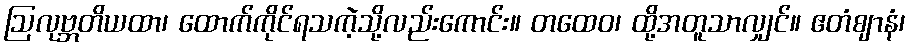
ဩလုဗ္ဘတိယထာ၊ ထောက်ကိုင်ရသကဲ့သို့လည်းကောင်း။ တထေဝ၊ ထို့အတူသာလျှင်။ ဧတံဈာနံ၊